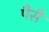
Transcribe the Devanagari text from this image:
पैसै